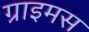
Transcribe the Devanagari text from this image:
ग्राइमस